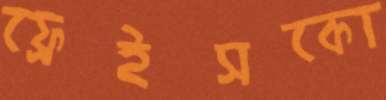
ফ্রেইসকো